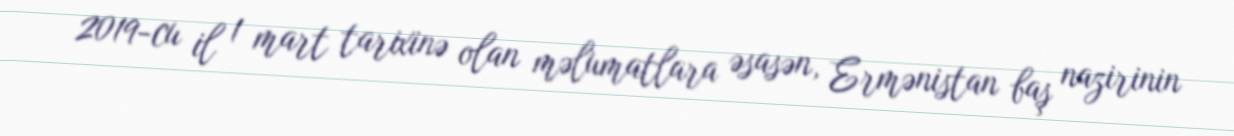
2019-cu il 1 mart tarixinə olan məlumatlara əsasən, Ermənistan baş nazirinin